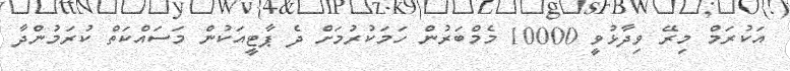
އަކުރަމް މިރޭ ވިދާޅުވީ 10000 މެމްބަރުން ހަމަކުރުމަށް ދެ ޕާޓީއަކުން މަސައްކަތް ކުރަމުންދާ